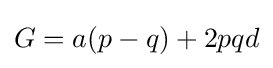
{\textstyle G=a(p-q)+2pqd}